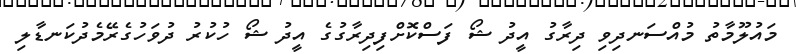
މައުލޫމާތު މުއްސަނދިވި ދިރާގު އީދު ޝޯ ފަސްކޮށްފިދިރާގުގެ އީދު ޝޯ ހުކުރު ދުވަހުގެރޭމެދުކަނޑާލި